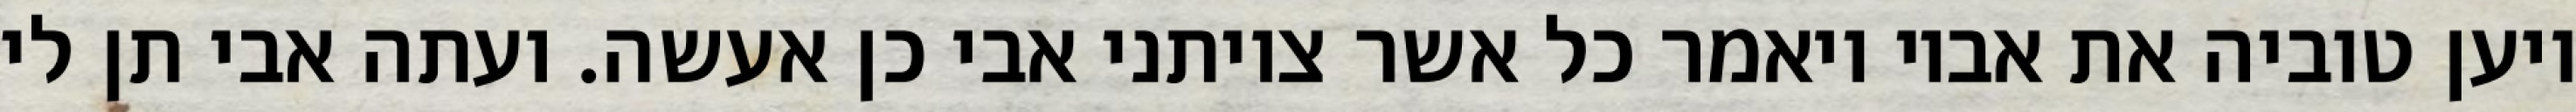
ויען טוביה את אביו ויאמר כל אשר צויתני אבי כן אעשה. ועתה אבי תן לי